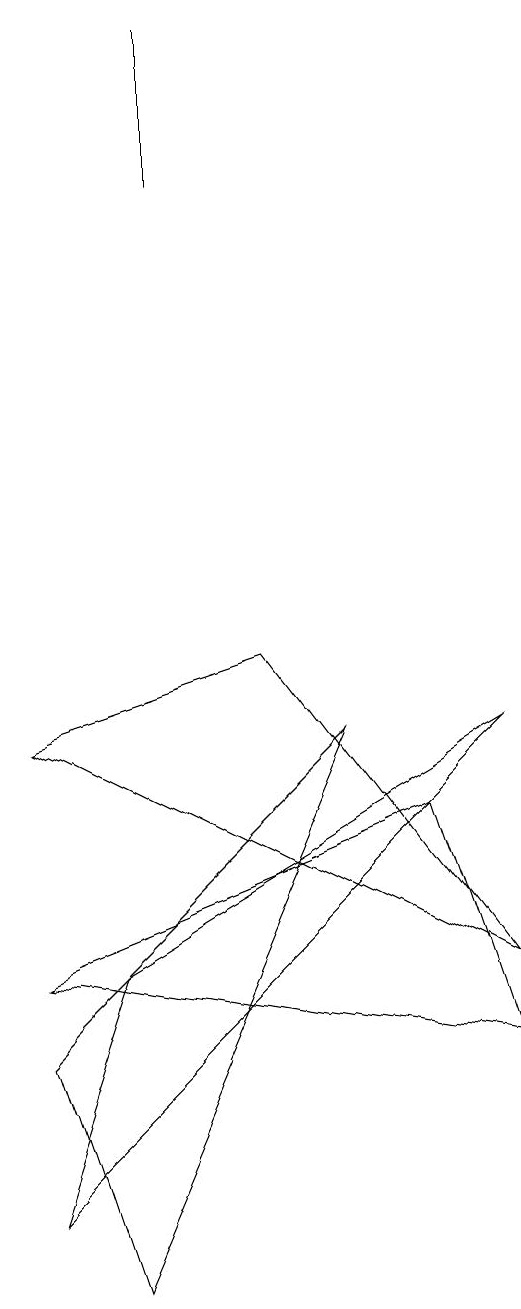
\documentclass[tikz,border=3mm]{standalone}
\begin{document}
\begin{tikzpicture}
\draw (1,7) -- (4,8) -- (7,4) -- cycle;
\draw (2,4) -- (1,1) -- (7,7) -- cycle;
\draw (1,4) -- (7,3) -- (6,6) -- cycle;
\draw (3,16) rectangle (3,14);
\draw (1,3) -- (2,0) -- (5,7) -- cycle;
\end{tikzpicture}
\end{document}